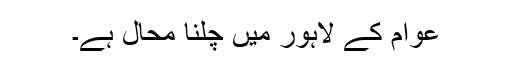
عوام کے لاہور میں چلنا محال ہے۔